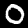
Label: 0